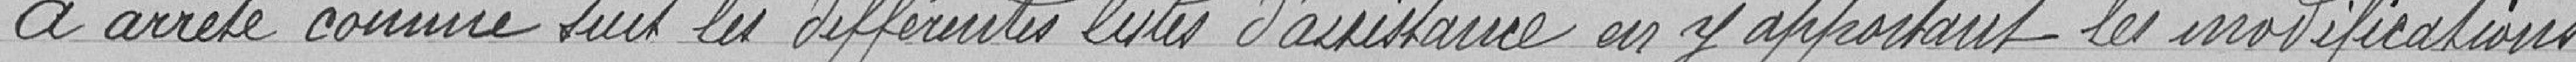
A arrêté comme suit les différentes listes d'assistance en y apportant les modifications